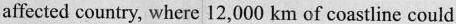
affected country, where 12,000 km of coastline could